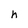
Character: h